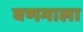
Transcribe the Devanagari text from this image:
वणमाला